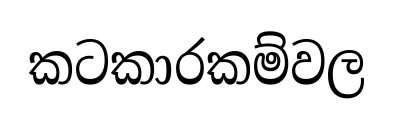
කටකාරකම්වල